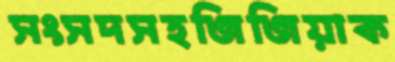
সংসদসহজিজিয়াক